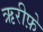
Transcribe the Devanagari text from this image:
ऋरीफ़े